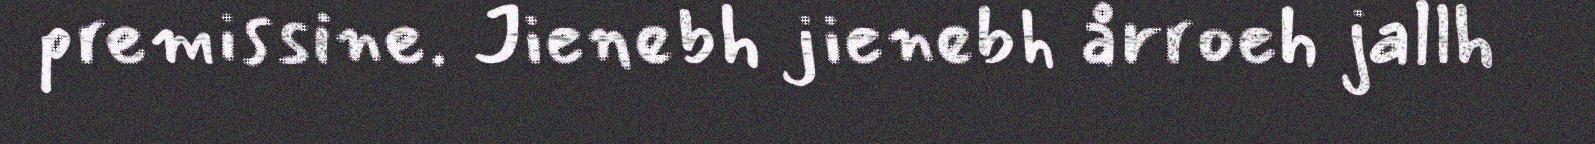
premissine. Jienebh jienebh årroeh jallh